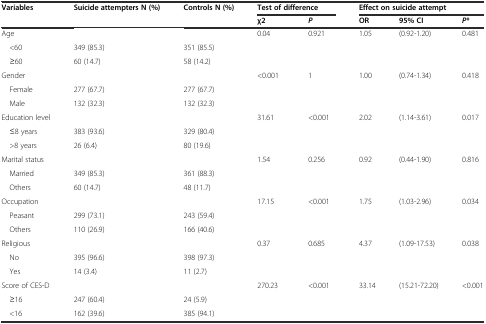
| <ROWSPAN=2> Variables | <ROWSPAN=2> Suicide attempters N (%) | <ROWSPAN=2> Controls N (%) | <COLSPAN=2> Test of difference | <COLSPAN=3> Effect on suicide attempt |
 | χ2 | P | OR | 95% CI | P* |
 | --- | --- | --- | --- | --- | --- | --- | --- |
 | Age |  |  | 0.04 | 0.921 | 1.05 | (0.92-1.20) | 0.481 |
 | <60 | 349 (85.3) | 351 (85.5) |  |  |  |  |  |
 | ≥60 | 60 (14.7) | 58 (14.2) |  |  |  |  |  |
 | Gender |  |  | <0.001 | 1 | 1.00 | (0.74-1.34) | 0.418 |
 | Female | 277 (67.7) | 277 (67.7) |  |  |  |  |  |
 | Male | 132 (32.3) | 132 (32.3) |  |  |  |  |  |
 | Education level |  |  | 31.61 | <0.001 | 2.02 | (1.14-3.61) | 0.017 |
 | ≤8 years | 383 (93.6) | 329 (80.4) |  |  |  |  |  |
 | >8 years | 26 (6.4) | 80 (19.6) |  |  |  |  |  |
 | Marital status |  |  | 1.54 | 0.256 | 0.92 | (0.44-1.90) | 0.816 |
 | Married | 349 (85.3) | 361 (88.3) |  |  |  |  |  |
 | Others | 60 (14.7) | 48 (11.7) |  |  |  |  |  |
 | Occupation |  |  | 17.15 | <0.001 | 1.75 | (1.03-2.96) | 0.034 |
 | Peasant | 299 (73.1) | 243 (59.4) |  |  |  |  |  |
 | Others | 110 (26.9) | 166 (40.6) |  |  |  |  |  |
 | Religious |  |  | 0.37 | 0.685 | 4.37 | (1.09-17.53) | 0.038 |
 | No | 395 (96.6) | 398 (97.3) |  |  |  |  |  |
 | Yes | 14 (3.4) | 11 (2.7) |  |  |  |  |  |
 | Score of CES-D |  |  | 270.23 | <0.001 | 33.14 | (15.21-72.20) | <0.001 |
 | ≥16 | 247 (60.4) | 24 (5.9) |  |  |  |  |  |
 | <16 | 162 (39.6) | 385 (94.1) |  |  |  |  |  |